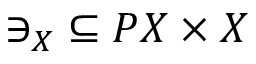
{ \ni _ { X } } \subseteq P X \times X